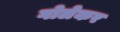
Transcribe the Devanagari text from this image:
गोलेकर